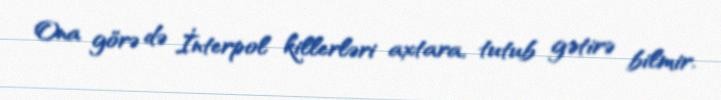
Ona görə də İnterpol killerləri axtara, tutub gətirə bilmir.